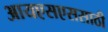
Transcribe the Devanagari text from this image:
आयएसएससाठी